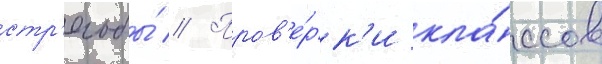
стр'ельбы́ // Пров'е́рк'и кла́ссов